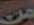
من